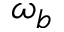
\omega _ { b }